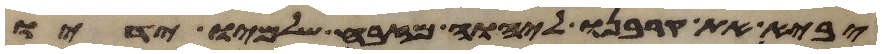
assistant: יביא את קרבנו ליהוה מזבח שלמיו ידיו